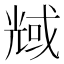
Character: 𠒬